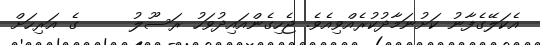
އެކަލޭގެފާނު ކަށުނަމާދުކުރެއްވިއެވެ. ޖެހިގެންއައިދުވަހު ރަސޫލު     ގެ އަރިހަށް